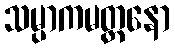
သမ္ပာကမတ္တနော